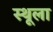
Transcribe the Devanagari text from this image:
स्थूला